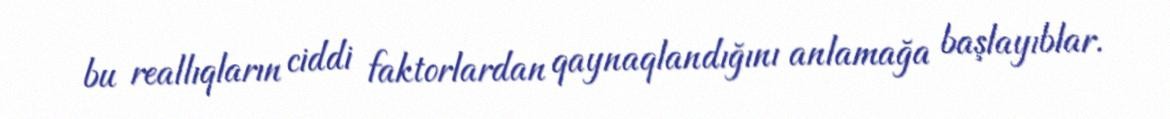
bu reallıqların ciddi faktorlardan qaynaqlandığını anlamağa başlayıblar.